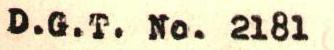
D.G.T. No. 2181